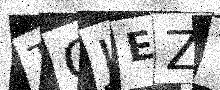
Text: TGJEZY